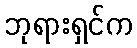
ဘုရားရှင်က